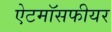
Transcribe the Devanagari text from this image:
ऐटमॉसफीयर